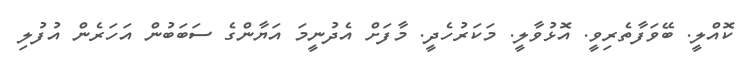
ކޮއްލީ. ބޭވަފާތެރިވީ. އޮޅުވާލީ. މަކަރުހެދީ. މާފަށް އެދުނީމަ އަޔާންގެ ސަބަބުން އަހަރެން އުފުލި